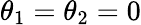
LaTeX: \theta_{1}=\theta_{2}={0}